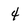
Character: 4